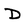
Character: D